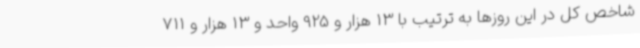
شاخص کل در این روزها به ترتیب با 13 هزار و 925 واحد و 13 هزار و 711